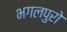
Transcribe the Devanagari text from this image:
भगलपुरो